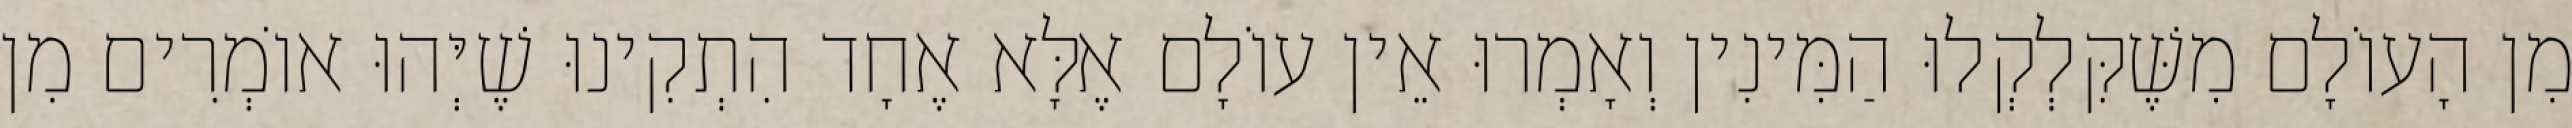
מִן הָעוֹלָם מִשֶּׁקִּלְקְלוּ הַמִּינִין וְאָמְרוּ אֵין עוֹלָם אֶלָּא אֶחָד הִתְקִינוּ שֶׁיְּהוּ אוֹמְרִים מִן